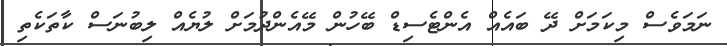
ނަމަވެސް މިކަމަށް ދޭ ބައެއް އެންޓެސިޑް ބޭހުން މޭއެންދުމަށް ލުޔެއް ލިބުނަސް ކާތަކެތި